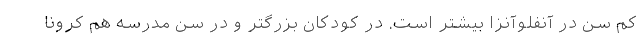
کم سن در آنفلوآنزا بیشتر است. در کودکان بزرگتر و در سن مدرسه هم کرونا